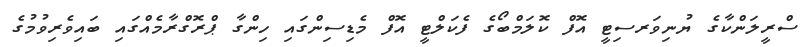
ސްރީލަންކާގެ ޔުނިވަރސިޓީ އޮފް ކޮލަމްބޯގެ ފެކަލްޓީ އޮފް މެޑިސިންގައި ހިންގާ ޕްރޮގްރާމެއްގައި ބައިވެރިވުމުގެ